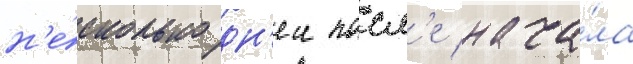
н'е́сколько дн'еи посл'е нача́ла